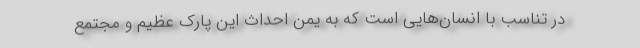
در تناسب با انسان‌هايي است كه به يمن احداث اين پارك عظيم و مجتمع